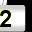
Digit: 2